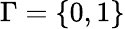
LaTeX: \Gamma=\{ 0,1\}